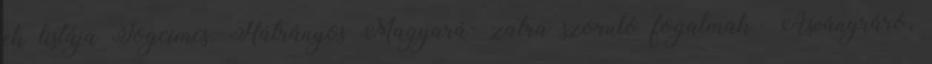
ek listája Jogcímcs. Hátrányos Magyará- zatra szoruló fogalmak ▪Ásványráró,